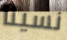
نسينا